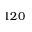
1 2 0